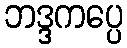
ဘဒ္ဒကပ္ပေ